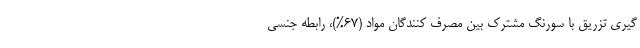
گیری تزریق با سورنگ مشترک بین مصرف کنندگان مواد (۶۷%)، رابطه جنسی